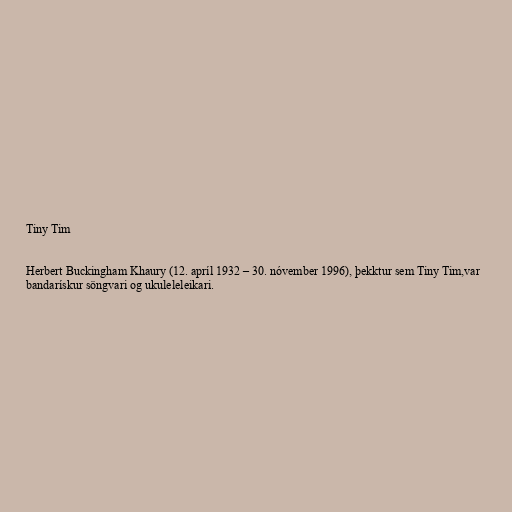
Tiny Tim

Herbert Buckingham Khaury (12. apríl 1932 – 30. nóvember 1996), þekktur sem Tiny Tim,var
bandarískur söngvari og ukuleleleikari.